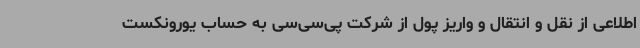
اطلاعی از نقل و انتقال و واریز پول از شرکت پی‌سی‌سی به حساب یورونکست